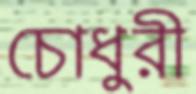
চোধুরী